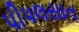
પીપલસાત